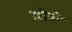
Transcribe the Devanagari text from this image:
छोपी